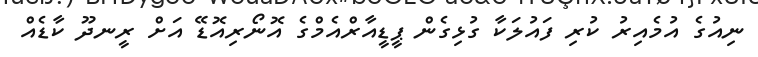
ނިއުގެ އުމެއިރު ކުރި ފައުލަކާ ގުޅިގެން ޕީޑީއާރްއެމްގެ އޮނޯރިއޮޑޭ އަށް ރީނދޫ ކާޑެއް